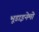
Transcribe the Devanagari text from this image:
भूडाइनेमो